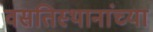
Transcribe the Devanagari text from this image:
वसतिस्थानांच्या